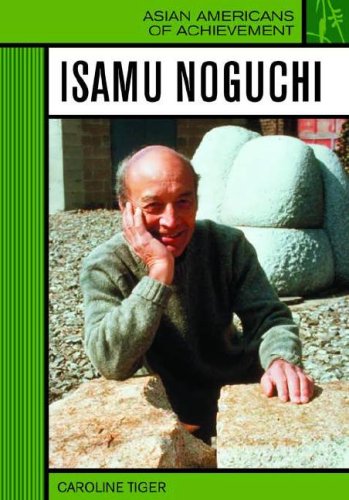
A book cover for Isamu Noguchi (Asian Americans of Achievement); Caroline Tiger; Teen & Young Adult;